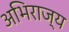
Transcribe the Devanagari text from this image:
अभिराज्य